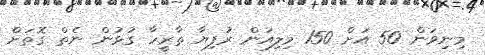
މިނިވަން 50 އަށް 150 މިލިއަން ރުފިޔާ ތާރީހާ ގުޅުން ނެތް ގޮތަށް